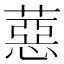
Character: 𦼇